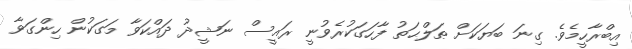
އިބްރާހީމެވެ. ގިނަ ބަޔަކަށް ޠަލްޙަތު ފާހަގަކުރެވުނީ ރައީސް ނަޝީދު ދައްކަވާ މަގަކުން ހިންގަވާ